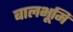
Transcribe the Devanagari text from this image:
बालभूमि